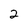
Character: 2